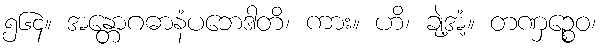
၅၆၄။ အန္တောဂဓာနံပဘေဒါတိ၊ ကား။ ဟိ၊ ချဲ့အံ့။ တဏှဉ္စေဝ၊